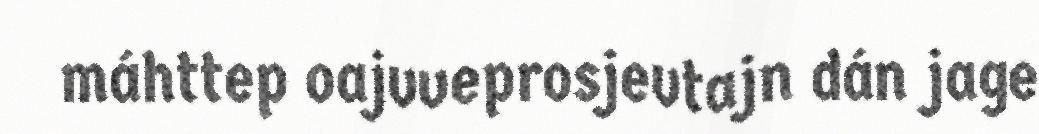
máhttep oajvveprosjevtajn dán jage